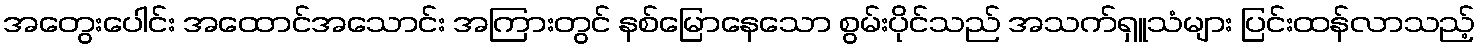
အတွေးပေါင်း အထောင်အသောင်း အကြားတွင် နစ်မြောနေသော စွမ်းပိုင်သည် အသက်ရှူသံများ ပြင်းထန်လာသည့်